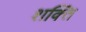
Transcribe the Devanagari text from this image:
श्‍ाक्‍ित